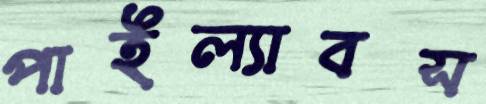
পাইল্যাবস